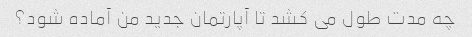
چه مدت طول می کشد تا آپارتمان جدید من آماده شود؟